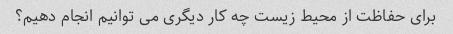
برای حفاظت از محیط زیست چه کار دیگری می توانیم انجام دهیم؟